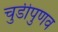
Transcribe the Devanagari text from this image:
चुडीपुणव